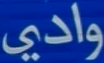
وادي